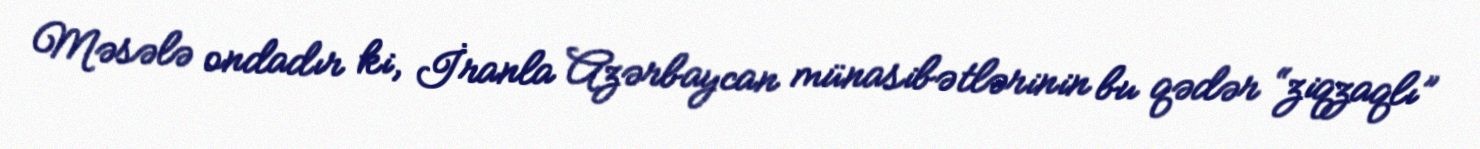
Məsələ ondadır ki, İranla Azərbaycan münasibətlərinin bu qədər “ziqzaqlı”